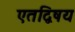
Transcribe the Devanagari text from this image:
एतद्विषय